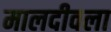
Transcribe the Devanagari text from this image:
मालदीवला